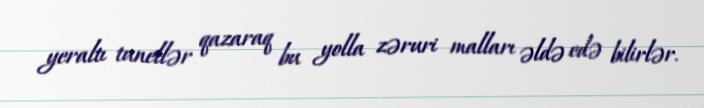
yeraltı tunellər qazaraq bu yolla zəruri malları əldə edə bilirlər.